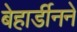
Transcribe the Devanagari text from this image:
बेहार्डीनने